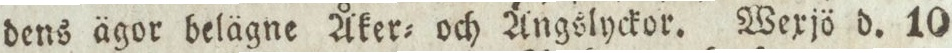
dens ägor belägne Åker= och Ängslyckor. Wexjö d. 10